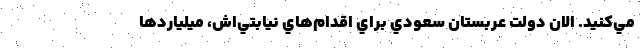
مي‌كنيد. الان دولت عربستان سعودي براي اقدام‌هاي نيابتي‌اش، ميليارد‌ها